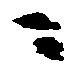
ニ